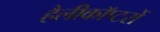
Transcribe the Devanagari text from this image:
हैलीकॉप्टरों